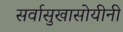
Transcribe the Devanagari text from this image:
सर्वासुखासोयीनी